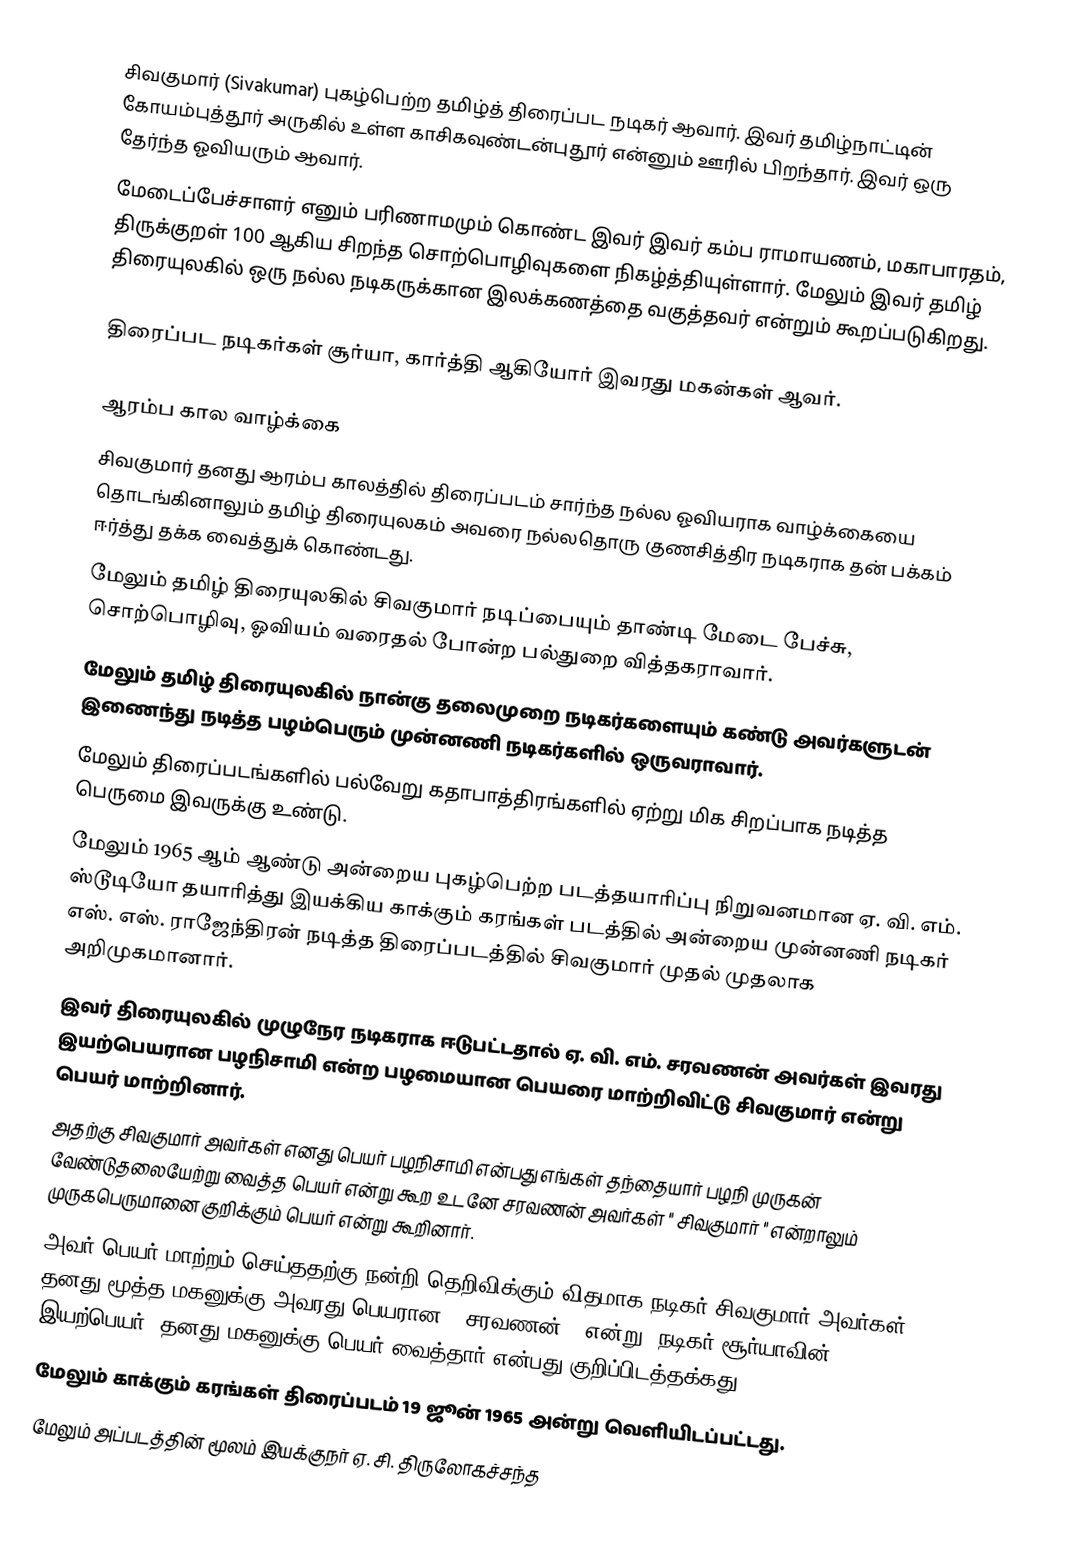
சிவகுமார் (Sivakumar) புகழ்பெற்ற தமிழ்த் திரைப்பட நடிகர் ஆவார். இவர் தமிழ்நாட்டின் கோயம்புத்தூர் அருகில் உள்ள காசிகவுண்டன்புதூர்  என்னும் ஊரில் பிறந்தார். இவர் ஒரு தேர்ந்த ஓவியரும் ஆவார்.
மேடைப்பேச்சாளர் எனும் பரிணாமமும் கொண்ட இவர் இவர் கம்ப ராமாயணம், மகாபாரதம், திருக்குறள் 100 ஆகிய சிறந்த சொற்பொழிவுகளை நிகழ்த்தியுள்ளார். மேலும் இவர் தமிழ் திரையுலகில் ஒரு நல்ல நடிகருக்கான இலக்கணத்தை வகுத்தவர் என்றும் கூறப்படுகிறது.

திரைப்பட நடிகர்கள் சூர்யா, கார்த்தி ஆகியோர் இவரது மகன்கள் ஆவர்.

ஆரம்ப கால வாழ்க்கை
 சிவகுமார் தனது ஆரம்ப காலத்தில் திரைப்படம் சார்ந்த நல்ல ஓவியராக வாழ்க்கையை தொடங்கினாலும் தமிழ் திரையுலகம் அவரை நல்லதொரு குணசித்திர நடிகராக தன் பக்கம் ஈர்த்து தக்க வைத்துக் கொண்டது.
 மேலும் தமிழ் திரையுலகில் சிவகுமார் நடிப்பையும் தாண்டி மேடை பேச்சு, சொற்பொழிவு, ஓவியம் வரைதல் போன்ற பல்துறை வித்தகராவார்.
 மேலும் தமிழ் திரையுலகில் நான்கு தலைமுறை நடிகர்களையும் கண்டு அவர்களுடன் இணைந்து நடித்த பழம்பெரும் முன்னணி நடிகர்களில் ஒருவராவார்.
 மேலும் திரைப்படங்களில் பல்வேறு கதாபாத்திரங்களில் ஏற்று மிக சிறப்பாக நடித்த பெருமை இவருக்கு உண்டு.
 மேலும் 1965 ஆம் ஆண்டு அன்றைய புகழ்பெற்ற படத்தயாரிப்பு நிறுவனமான ஏ. வி. எம். ஸ்டூடியோ தயாரித்து இயக்கிய காக்கும் கரங்கள் படத்தில் அன்றைய முன்னணி நடிகர் எஸ். எஸ். ராஜேந்திரன் நடித்த திரைப்படத்தில் சிவகுமார் முதல் முதலாக அறிமுகமானார்.
 இவர் திரையுலகில் முழுநேர நடிகராக ஈடுபட்டதால் ஏ. வி. எம். சரவணன் அவர்கள் இவரது இயற்பெயரான பழநிசாமி என்ற பழமையான பெயரை மாற்றிவிட்டு சிவகுமார் என்று பெயர் மாற்றினார்.
 அதற்கு சிவகுமார் அவர்கள் எனது பெயர் பழநிசாமி என்பது எங்கள் தந்தையார் பழநி முருகன் வேண்டுதலையேற்று வைத்த பெயர் என்று கூற உடனே சரவணன் அவர்கள் " சிவகுமார் " என்றாலும் முருகபெருமானை குறிக்கும் பெயர் என்று கூறினார்.
 அவர் பெயர் மாற்றம் செய்ததற்கு நன்றி தெறிவிக்கும் விதமாக நடிகர் சிவகுமார் அவர்கள் தனது மூத்த மகனுக்கு அவரது பெயரான " சரவணன் " என்று (நடிகர் சூர்யாவின் இயற்பெயர்) தனது மகனுக்கு பெயர் வைத்தார் என்பது குறிப்பிடத்தக்கது.
 மேலும் காக்கும் கரங்கள் திரைப்படம் 19 ஜூன் 1965 அன்று வெளியிடப்பட்டது.
 மேலும் அப்படத்தின் மூலம் இயக்குநர் ஏ. சி. திருலோகச்சந்த